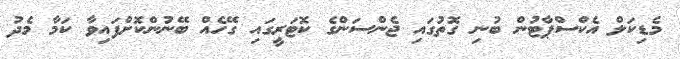
މެޑިކަލް އެކްސްޕާޓުން ބުނި ގޮތުގައި ޖެންސަންގެ ކޮޓަރީގައި ގޭހެއް ބޭނުންކޮށްފައިވާ ކަމާ މެދު